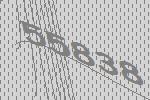
55838